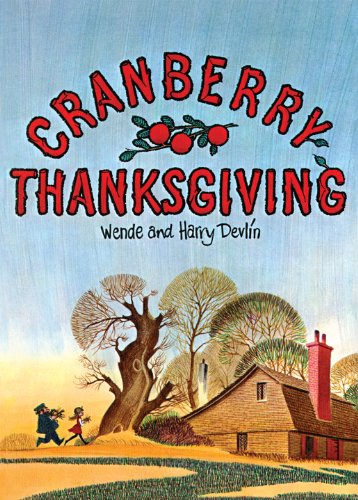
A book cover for Cranberry Thanksgiving (Cranberryport); Wende Devlin; Children's Books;